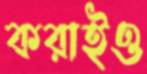
করাইও